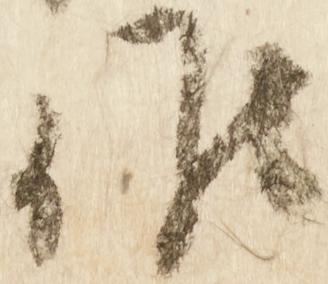
候